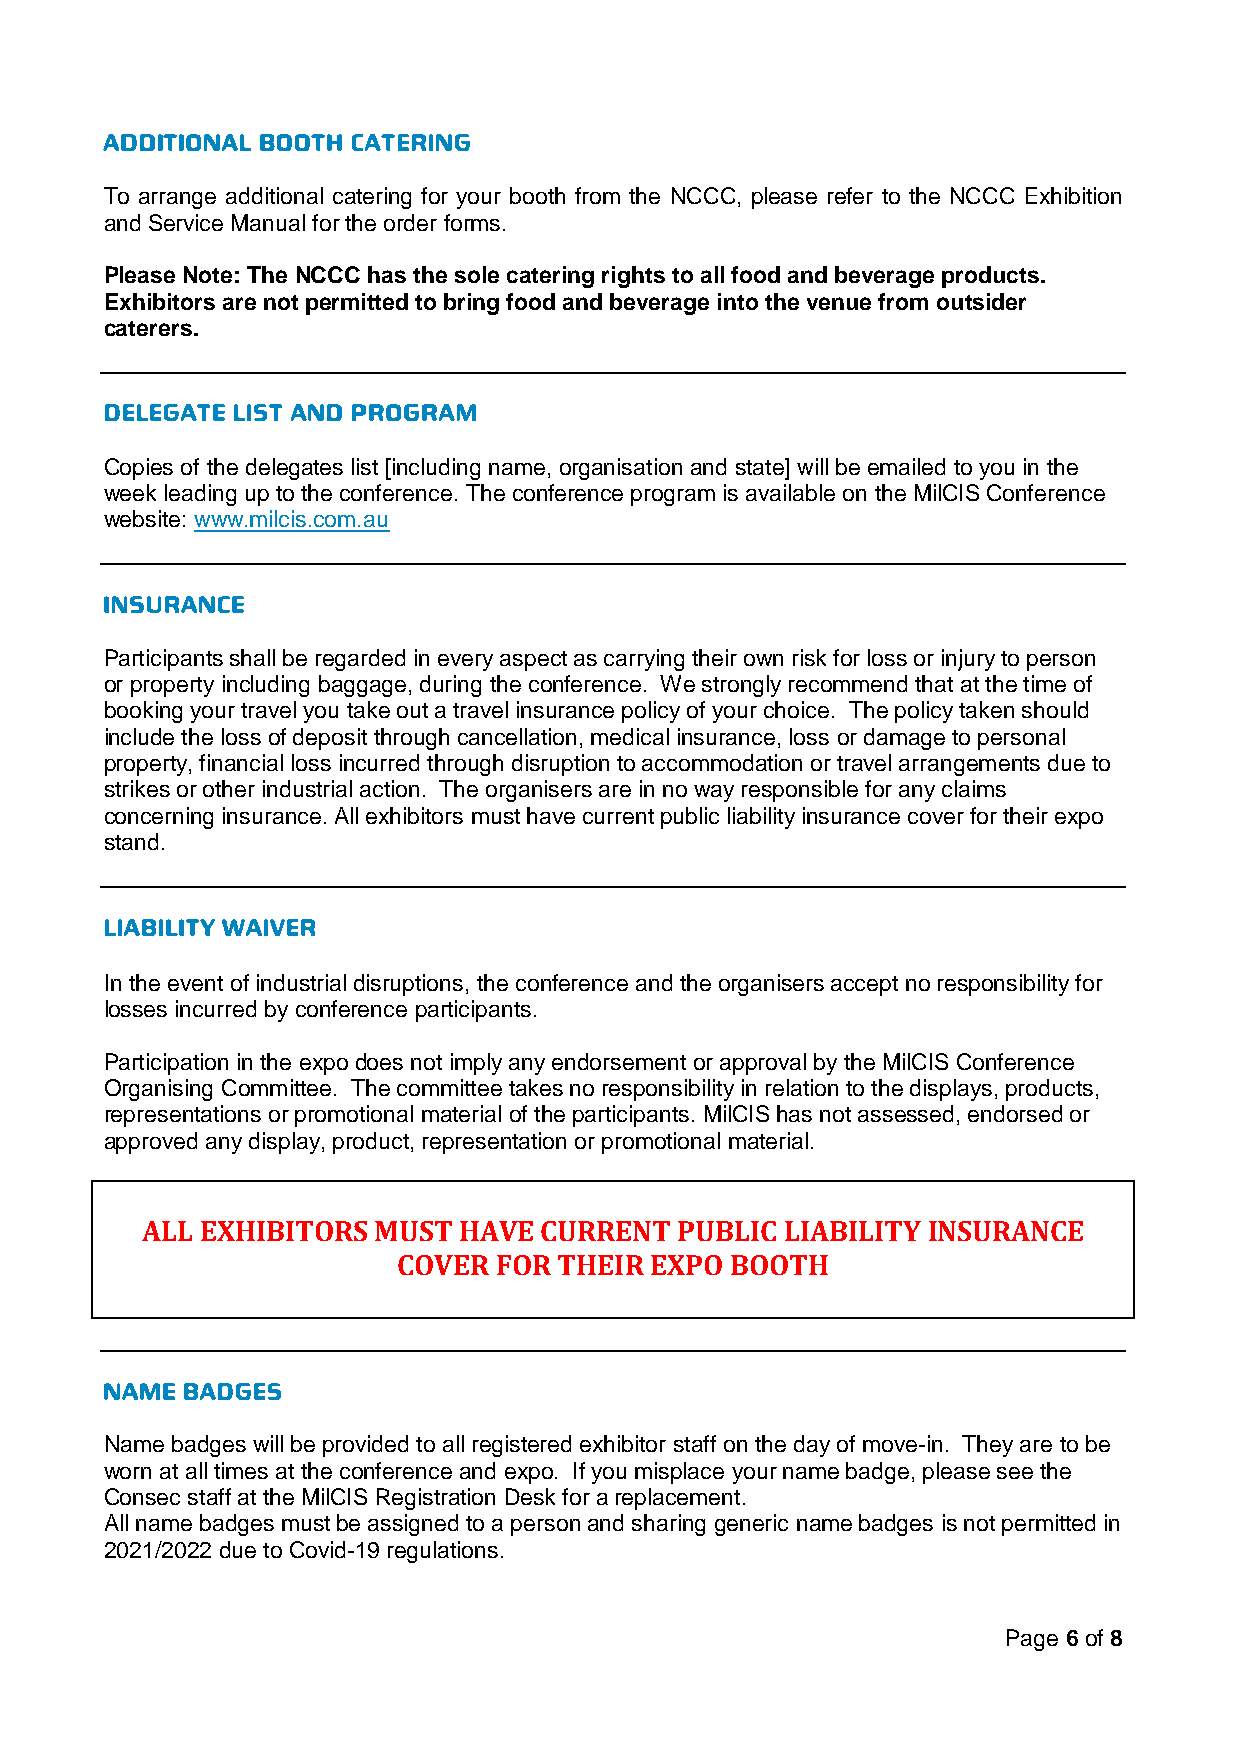
To arrange additional catering for your booth from the NCCC, please refer to the NCCC Exhibition
 and Service Manual for the order forms.
 Please Note: The NCCC has the sole catering rights to all food and beverage products.
 Exhibitors are not permitted to bring food and beverage into the venue from outsider
 caterers.
 Copies of the delegates list [including name, organisation and state] will be emailed to you in the
 week leading up to the conference. The conference program is available on the MilCIS Conference
 website: www.milcis.com.au
 Participants shall be regarded in every aspect as carrying their own risk for loss or injury to person
 or property including baggage, during the conference. We strongly recommend that at the time of
 booking your travel you take out a travel insurance policy of your choice. The policy taken should
 include the loss of deposit through cancellation, medical insurance, loss or damage to personal
 property, financial loss incurred through disruption to accommodation or travel arrangements due to
 strikes or other industrial action. The organisers are in no way responsible for any claims
 concerning insurance. All exhibitors must have current public liability insurance cover for their expo
 stand.
 In the event of industrial disruptions, the conference and the organisers accept no responsibility for
 losses incurred by conference participants.
 Participation in the expo does not imply any endorsement or approval by the MilCIS Conference
 Organising Committee. The committee takes no responsibility in relation to the displays, products,
 representations or promotional material of the participants. MilCIS has not assessed, endorsed or
 approved any display, product, representation or promotional material.
 ALL EXHIBITORS  MUST HAVE  CURRENT  PUBLIC LIABILITY INSURANCE
 COVER  FOR THEIR EXPO BOOTH
 Name badges will be provided to all registered exhibitor staff on the day of move-in. They are to be
 worn at all times at the conference and expo. If you misplace your name badge, please see the
 Consec staff at the MilCIS Registration Desk for a replacement.
 All name badges must be assigned to a person and sharing generic name badges is not permitted in
 2021/2022 due to Covid-19 regulations.
 Page 6 of 8